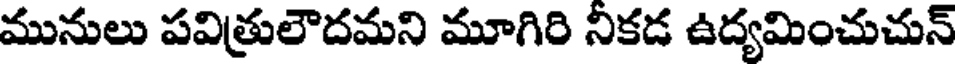
మునులు పవిత్రులౌదమని మూగిరి నికడ ఉద్యమించుచున్